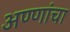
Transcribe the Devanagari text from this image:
अण्णांचा